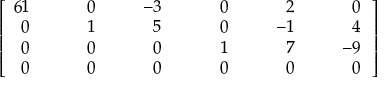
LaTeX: \left[ { \begin{array} { r l r l r l r l r l r } { { 6 } 1 } & { { } } & { 0 } & { { } } & { - 3 } & { { } } & { 0 } & { { } } & { 2 } & { { } } & { 0 } \\ { 0 } & { { } } & { 1 } & { { } } & { 5 } & { { } } & { 0 } & { { } } & { - 1 } & { { } } & { 4 } \\ { 0 } & { { } } & { 0 } & { { } } & { 0 } & { { } } & { 1 } & { { } } & { 7 } & { { } } & { - 9 } \\ { 0 } & { { } } & { \; \; \; \; \; 0 } & { { } } & { \; \; \; \; \; 0 } & { { } } & { \; \; \; \; \; 0 } & { { } } & { \; \; \; \; \; 0 } & { { } } & { \; \; \; \; \; 0 } \end{array} } \, \right]